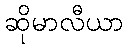
ဆိုမာလီယာ